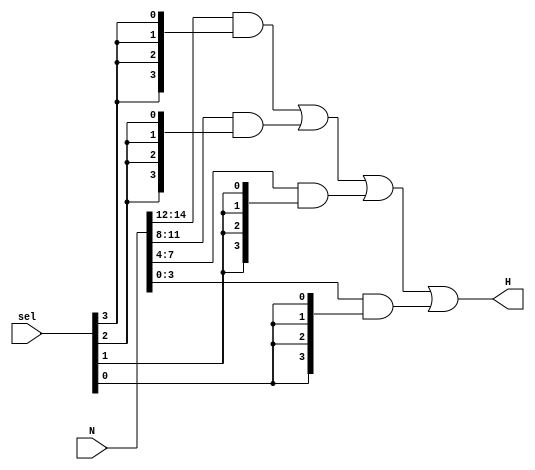
`timescale 1ns / 1ps
//////////////////////////////////////////////////////////////////////////////////
// Company: 
// Engineer: 
// 
// Design Name: 
// Module Name: selector
// Project Name: 
// Target Devices: 
// Tool Versions: 
// Description: 
// 
// Dependencies: 
// 
// Revision:
// Revision 0.01 - File Created
// Additional Comments:
// 
//////////////////////////////////////////////////////////////////////////////////


module selector(

    input [3:0] sel,
    input [14:0] N,
    output [3:0] H
    );
    
    

    assign H[3:0] = (N[14:12] & {sel[3], sel[3], sel[3], sel[3]}) | 
            //sel 0100
                  (N[11:8] & {sel[2], sel[2], sel[2], sel[2]}) |
                  //sel 0010
                      (N[7:4] & {sel[1], sel[1], sel[1], sel[1]}) |
                      //sel 0001
                         (N[3:0] & {sel[0], sel[0], sel[0], sel[0]});
endmodule